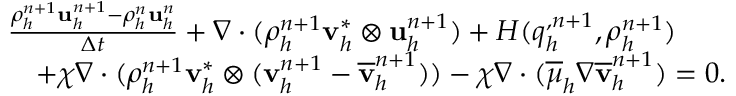
\begin{array} { r l } & { \frac { \rho _ { h } ^ { n + 1 } \mathbf u _ { h } ^ { n + 1 } - \rho _ { h } ^ { n } \mathbf u _ { h } ^ { n } } { \Delta t } + \nabla \cdot ( \rho _ { h } ^ { n + 1 } \mathbf v _ { h } ^ { * } \otimes \mathbf u _ { h } ^ { n + 1 } ) + H ( q _ { h } ^ { , n + 1 } , \rho _ { h } ^ { n + 1 } ) } \\ & { \quad + \chi \nabla \cdot ( \rho _ { h } ^ { n + 1 } \mathbf v _ { h } ^ { * } \otimes ( \mathbf v _ { h } ^ { n + 1 } - \overline { { \mathbf v } } _ { h } ^ { n + 1 } ) ) - \chi \nabla \cdot ( \overline { { \mu } } _ { h } \nabla \overline { { \mathbf v } } _ { h } ^ { n + 1 } ) = \boldsymbol { 0 } . } \end{array}